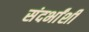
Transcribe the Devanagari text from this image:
संदर्भांशी